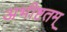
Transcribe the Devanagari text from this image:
अभीष्टतम्